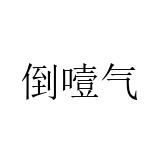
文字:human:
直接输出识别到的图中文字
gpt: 倒噎气